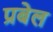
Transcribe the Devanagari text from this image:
प्रबेल